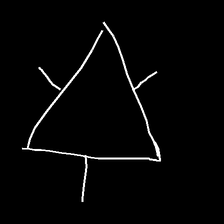
Glyph: fire